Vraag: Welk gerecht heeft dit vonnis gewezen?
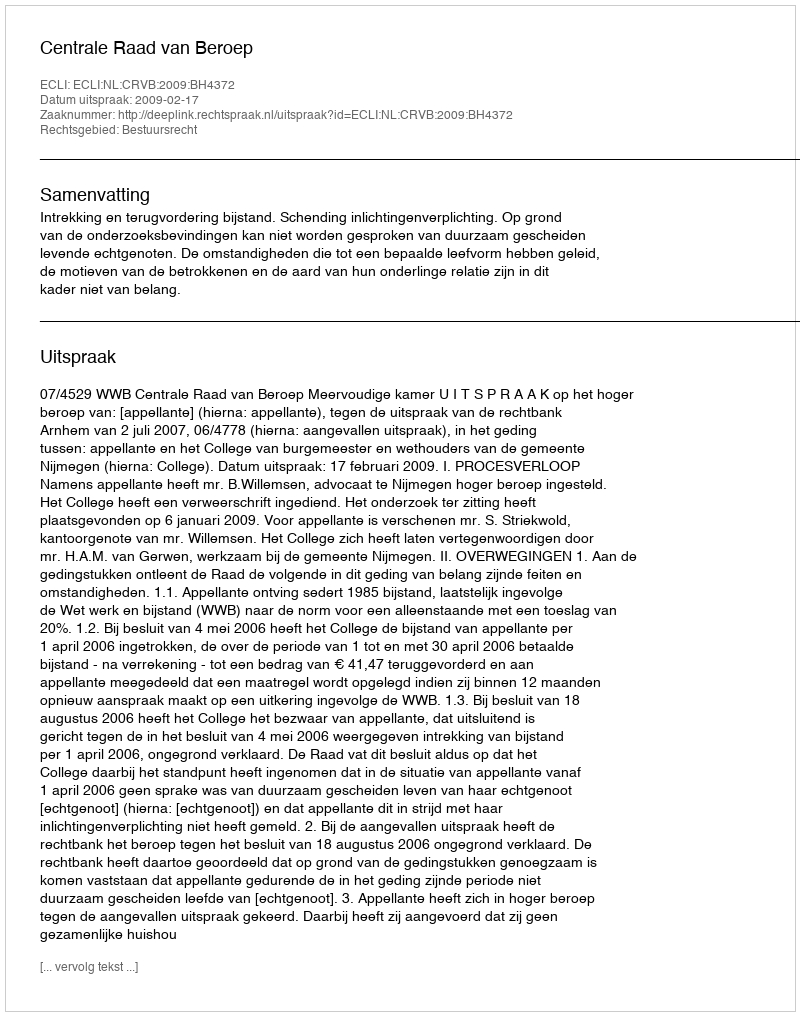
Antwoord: Centrale Raad van Beroep